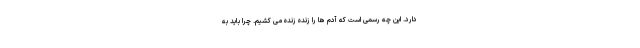
دارد. این چه رسمی است که آدم ها را زنده زنده می کشیم. چرا باید به